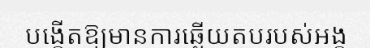
បង្កើតឱ្យមានការឆ្លើយតបរបស់អង្គ